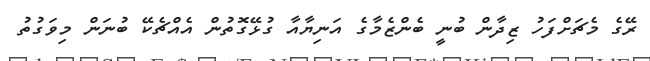
ރޭގެ މެޗަށްފަހު ޒިދާން ބުނީ ބެންޒެމާގެ އަނިޔާއާ ގުޅޭގޮތުން އެއްޗެކޭ ބުނަން މިވަގުތު